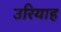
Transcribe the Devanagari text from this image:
उरियाह